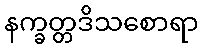
နက္ခတ္တဒိသစောရာ